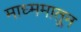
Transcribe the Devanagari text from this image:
माध्ममातून